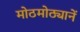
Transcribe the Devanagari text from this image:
मोठमोठ्यानें